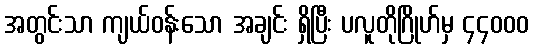
အတွင်းသာ ကျယ်ဝန်းသော အချင်း ရှိပြီး ပလူတိုဂြိုဟ်မှ ၄၄၀၀၀